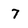
Character: 7